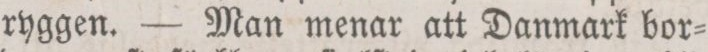
ryggen. — Man menar att Danmark bor=